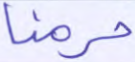
حرمنا